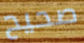
صحيح